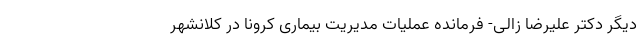
دیگر دکتر علیرضا زالی- فرمانده عملیات مدیریت بیماری کرونا در کلانشهر